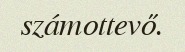
számottevő.